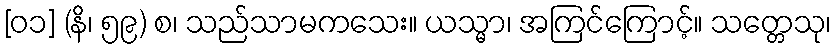
[၀၁] (နိ၊ ၅၉) စ၊ သည်သာမကသေး။ ယသ္မာ၊ အကြင်ကြောင့်။ သတ္တေသု၊